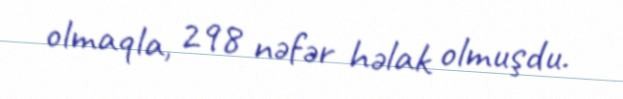
olmaqla, 298 nəfər həlak olmuşdu.